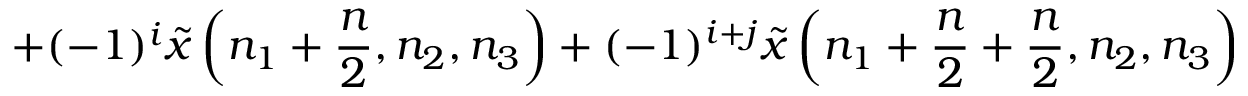
+ ( - 1 ) ^ { i } { \tilde { x } } \left( n _ { 1 } + { \frac { n } { 2 } } , n _ { 2 } , n _ { 3 } \right) + ( - 1 ) ^ { i + j } { \tilde { x } } \left( n _ { 1 } + { \frac { n } { 2 } } + { \frac { n } { 2 } } , n _ { 2 } , n _ { 3 } \right)